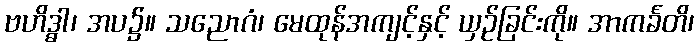
ဗဟိဒ္ဓါ၊ အပ၌။ သညောဂံ၊ မေထုန်အကျင့်နှင့် ယှဉ်ခြင်းကို။ အာကင်္ခတိ၊